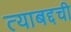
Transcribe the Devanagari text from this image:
त्याबद्दची